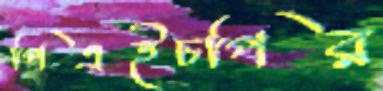
পিএইচপির